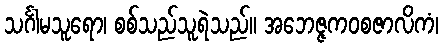
သင်္ဂါမသူရော၊ စစ်သည်သူရဲသည်။ အဘေဇ္ဇကဝစဇာလိကံ၊